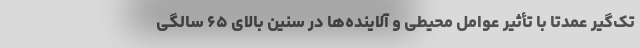
تک‌گیر عمدتاً با تأثیر عوامل محیطی و آلاینده‌ها در سنین بالای ۶۵ سالگی